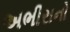
અભીરાનો